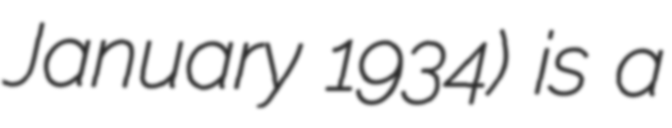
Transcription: January 1934) is a